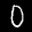
Label: 0